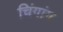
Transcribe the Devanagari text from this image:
चिंगांग